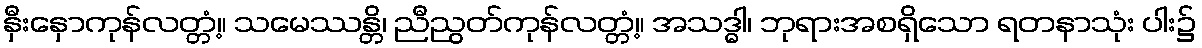
နှီးနှောကုန်လတ္တံ့။ သမေဿန္တိ၊ ညီညွတ်ကုန်လတ္တံ့။ အသဒ္ဓါ၊ ဘုရားအစရှိသော ရတနာသုံး ပါး၌